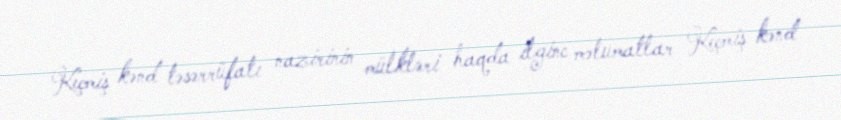
Keçmiş kənd təsərrüfatı nazirinin mülkləri haqda ilginc məlumatlar Keçmiş kənd